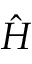
\Hat { H }